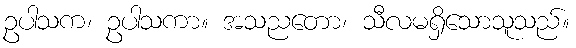
ဥပါသက၊ ဥပါသကာ။ အသညတော၊ သီလမရှိသောသူသည်။